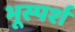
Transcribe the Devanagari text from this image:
भूस्पर्श